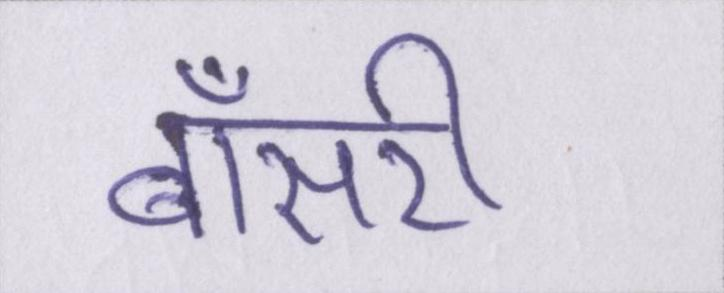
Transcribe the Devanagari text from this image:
बॉसरी